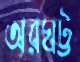
অরঘট্ট